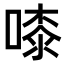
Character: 𠻟